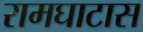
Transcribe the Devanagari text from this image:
रामघाटास